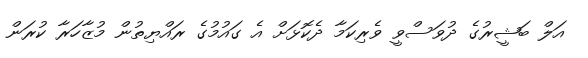
އަލް ބަޝީރުގެ ދުވަސްވީ ވެރިކަމާ ދެކޮޅަށް އެ ގައުމުގެ ރައްޔިތުން މުޒާހަރާ ކުރަން